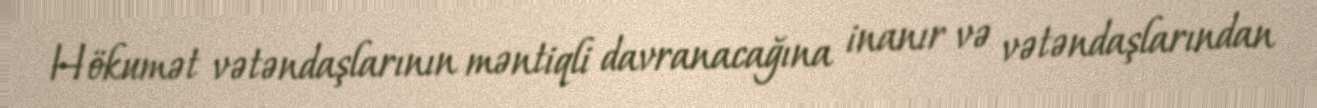
Hökumət vətəndaşlarının məntiqli davranacağına inanır və vətəndaşlarından